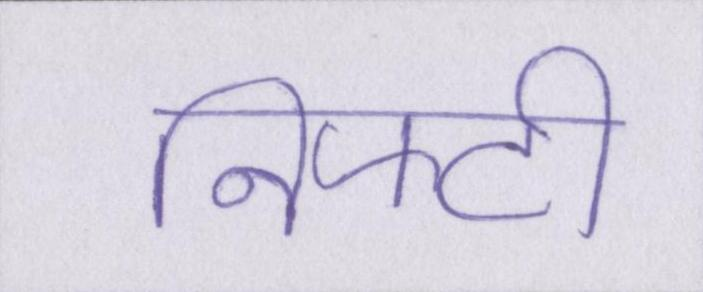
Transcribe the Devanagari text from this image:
निफ्टी